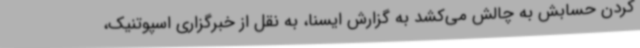
کردن حسابش به چالش می‌کشد به گزارش ایسنا، به نقل از خبرگزاری اسپوتنیک،